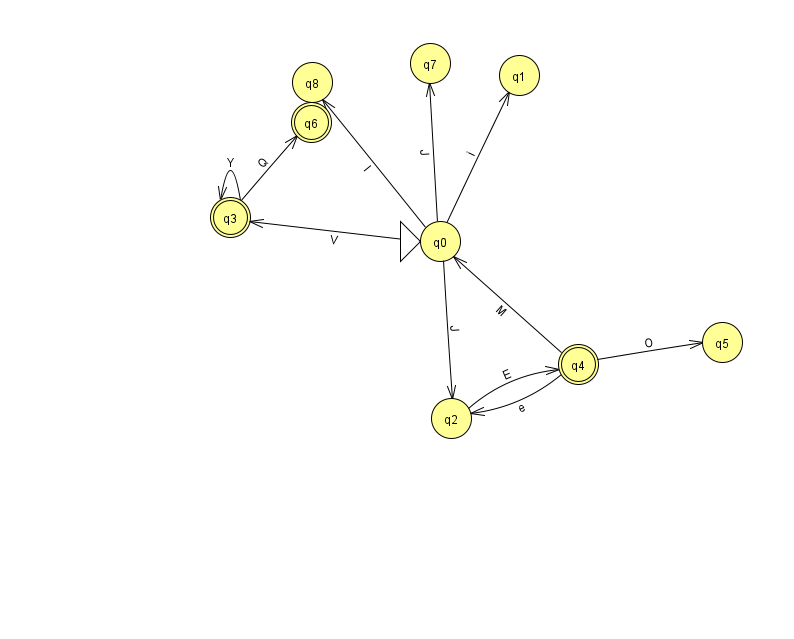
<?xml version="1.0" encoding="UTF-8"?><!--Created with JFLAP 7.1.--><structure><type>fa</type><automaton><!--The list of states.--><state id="0" name="q0"><x>440.0</x><y>228.0</y><initial/></state><state id="1" name="q1"><x>519.0</x><y>62.0</y></state><state id="2" name="q2"><x>451.0</x><y>405.0</y></state><state id="3" name="q3"><x>230.0</x><y>204.0</y><final/></state><state id="4" name="q4"><x>578.0</x><y>351.0</y><final/></state><state id="5" name="q5"><x>722.0</x><y>329.0</y></state><state id="6" name="q6"><x>311.0</x><y>109.0</y><final/></state><state id="7" name="q7"><x>430.0</x><y>50.0</y></state><state id="8" name="q8"><x>312.0</x><y>69.0</y></state><!--The list of transitions.--><transition><from>0</from><to>3</to><read>V</read></transition><transition><from>0</from><to>8</to><read>I</read></transition><transition><from>2</from><to>4</to><read>E</read></transition><transition><from>3</from><to>6</to><read>Q</read></transition><transition><from>4</from><to>2</to><read>e</read></transition><transition><from>0</from><to>1</to><read>i</read></transition><transition><from>4</from><to>5</to><read>O</read></transition><transition><from>0</from><to>2</to><read>J</read></transition><transition><from>3</from><to>3</to><read>Y</read></transition><transition><from>4</from><to>0</to><read>M</read></transition><transition><from>0</from><to>7</to><read>J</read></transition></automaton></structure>